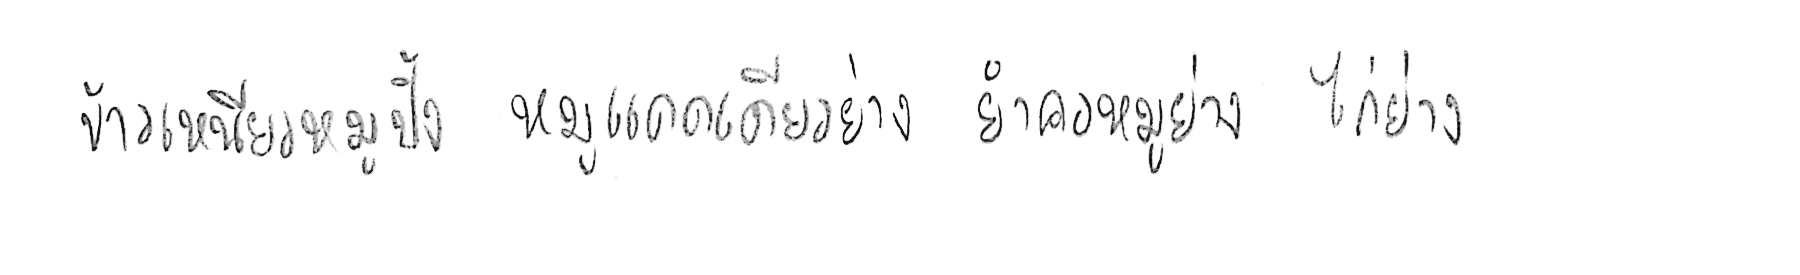
ข้าวเหนียวหมูปิ้ง หมูแดดเดียวย่าง ยำคอหมูย่าง ไก่ย่าง